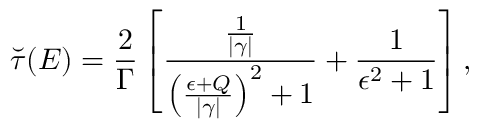
\breve { \tau } ( E ) = \frac { 2 } { \Gamma } \left[ \frac { \frac { 1 } { | \gamma | } } { { \left( \frac { \epsilon + Q } { | \gamma | } \right) } ^ { 2 } + 1 } + \frac { 1 } { \epsilon ^ { 2 } + 1 } \right] ,